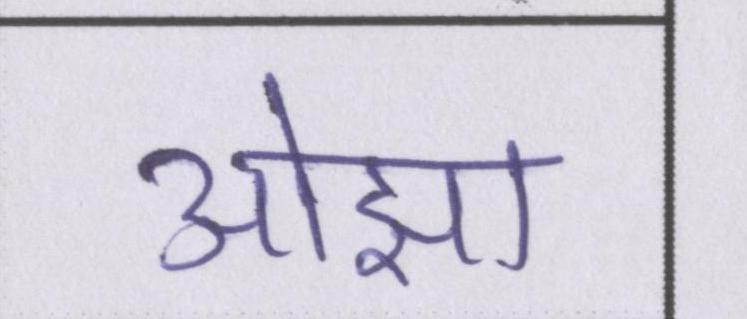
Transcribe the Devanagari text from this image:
ओझा